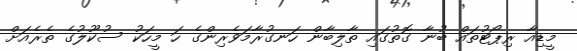
މީޑިއާ ރިޕޯޓުތައް ބުނާ ގޮތުގައި ތާލިބާން ހަނގުރާމަވެރިންގެ ހަ މީހަކު ސުކޫލުގެ ތެރެއަށް